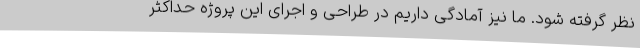
نظر گرفته شود. ما نیز آمادگی داریم در طراحی و اجرای این پروژه حداکثر